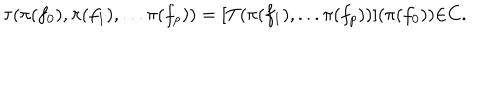
{ \tau } ( { \pi } ( f _ { 0 } ) , { \pi } ( f _ { 1 } ) , . . . { \pi } ( f _ { p } ) ) = [ T ( { \pi } ( f _ { 1 } ) , . . . { \pi } ( f _ { p } ) ) ] ( { \pi } ( f _ { 0 } ) ) { \in } C .